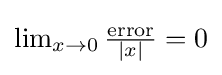
{\textstyle \lim _{x\to 0}{\frac {\textrm {error}}{|x|}}=0}